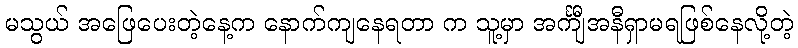
မသွယ် အဖြေပေးတဲ့နေ့က နောက်ကျနေရတာ က သူ့မှာ အင်္ကျီအနီရှာမရဖြစ်နေလို့တဲ့